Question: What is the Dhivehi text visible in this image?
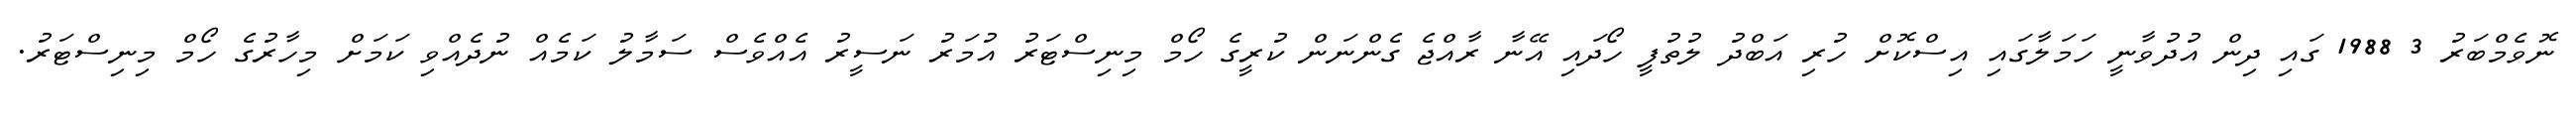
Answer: ނޮވެމްބަރު 3 1988 ގައި ދިން އުދުވާނީ ހަމަލާގައި އިސްކޮށް ހުރި އަބްދު ލުތުފީ ހޯދައި އޭނާ ރާއްޖެ ގެންނަން ކުރީގެ ހޯމް މިނިސްޓަރު އުމަރު ނަސީރު އެއްވެސް ސަމާލު ކަމެއް ނުދެއްވި ކަމަށް މިހާރުގެ ހޯމް މިނިސްޓަރު.